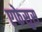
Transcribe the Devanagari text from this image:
एफेसुस